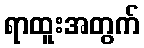
ရာထူးအတွက်